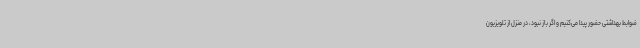
ضوابط بهداشتی حضور پیدا می‌کنیم و اگر باز نبود، در منزل از تلویزیون